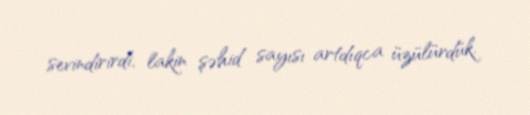
sevindirirdi, lakin şəhid sayısı artdıqca üzülürdük.